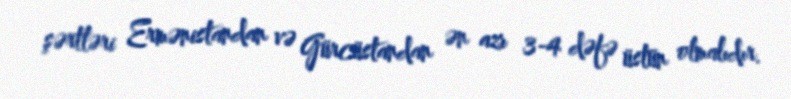
şərtləri Ermənistandan və Gürcüstandan ən azı 3-4 dəfə üstün olmalıdır.